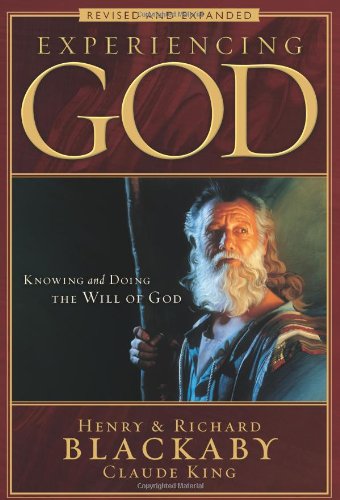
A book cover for Experiencing God: Knowing and Doing the Will of God, Revised and Expanded; Henry T. Blackaby; Christian Books & Bibles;